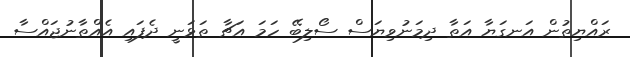
ރައްޔިތުން އަނގަޔާ އަތާ ދިމަނުވިޔަސް ސޯލިބޭ ހަމަ އަޗާ ތަޅަނީ ދެފައި އެއްތާނުޖައްސާ